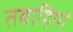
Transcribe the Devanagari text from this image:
तबाहियां